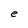
Character: e